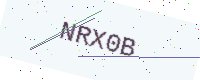
Text: NRX0B